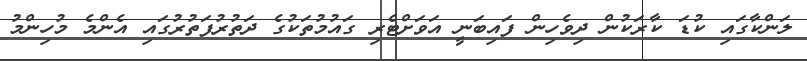
ލަންކާގައި ކުޑަ ކާރަކުން ދިވެހިން ފައިބަނީ އަވަށްޓެރި ގައުމުތަކުގެ ދަތުރުފަތުރުގައި އެންމެ މުހިންމު